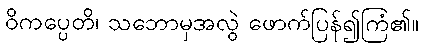
ဝိကပ္ပေတိ၊ သဘောမှအလွဲ ဖောက်ပြန်၍ကြံ၏။